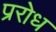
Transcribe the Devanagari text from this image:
प्ररोध